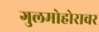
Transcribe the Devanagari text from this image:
गुलमोहोरावर